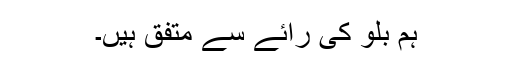
ہم بلو کی رائے سے متفق ہیں۔